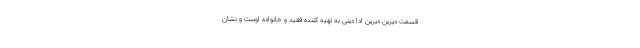
قسمت دیرین دیرین ادا دینی به تهیه کننده فقید و خانواده اوست و نشان